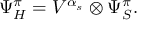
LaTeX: \Psi _ { H } ^ { \pi } = V ^ { \alpha _ { s } } \otimes \Psi _ { S } ^ { \pi } .